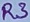
Text: R3